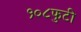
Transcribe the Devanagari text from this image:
१०८फुटी